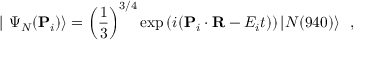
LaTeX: | ~ \Psi _ { N } ( { \bf P } _ { i } ) \rangle = \left( { \frac { 1 } { 3 } } \right) ^ { 3 / 4 } \exp \left( i ( { \bf P } _ { i } \cdot { \bf R } - E _ { i } t ) \right) | N ( 9 4 0 ) \rangle ~ ~ ,